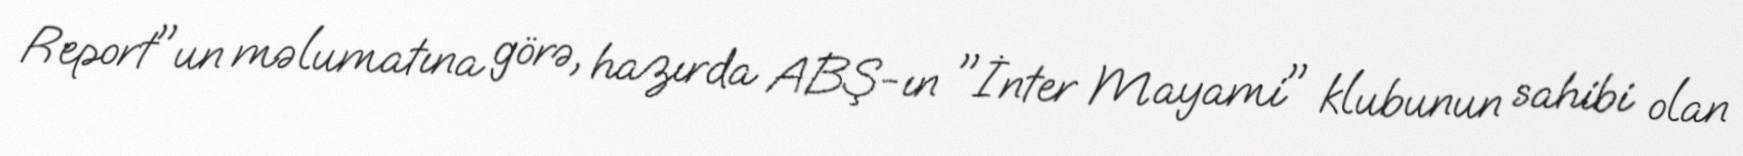
Report"un məlumatına görə, hazırda ABŞ-ın "İnter Mayami" klubunun sahibi olan